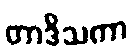
တာဒိသကာ